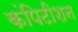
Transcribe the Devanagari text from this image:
कंपिटीशन